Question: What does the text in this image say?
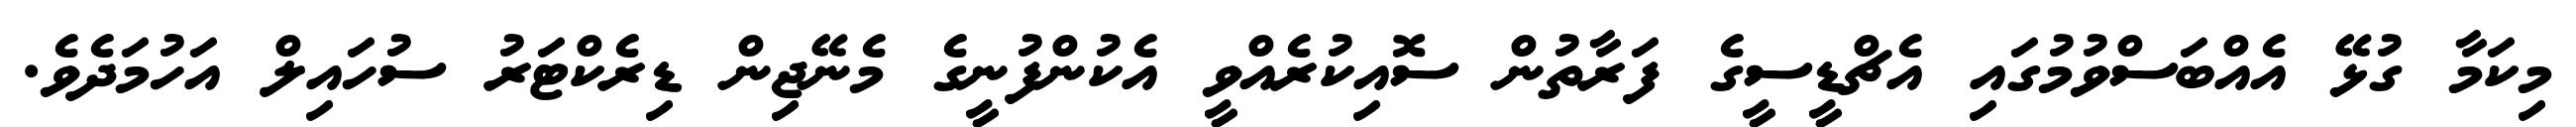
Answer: މިކަމާ ގުޅޭ އެއްބަސްވުމުގައި އެޗްޑީސީގެ ފަރާތުން ސޮއިކުރެއްވީ އެކުންފުނީގެ މެނޭޖިން ޑިރެކްޓަރު ސުހައިލް އަހުމަދެވެ.